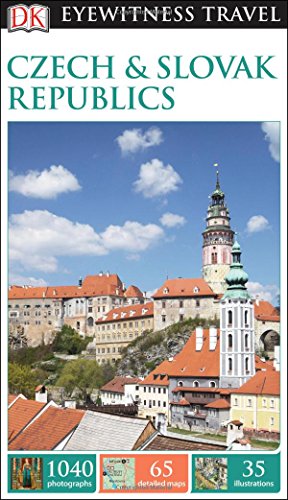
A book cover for DK Eyewitness Travel Guide: Czech and Slovak Republics; DK Publishing; Travel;